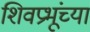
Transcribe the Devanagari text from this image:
शिवप्रभूंच्या